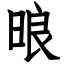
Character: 㫰